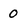
Character: O